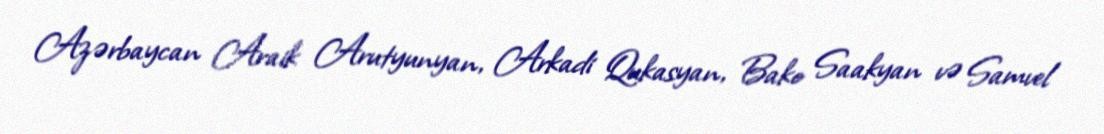
Azərbaycan Araik Arutyunyan, Arkadi Qukasyan, Bako Saakyan və Samvel